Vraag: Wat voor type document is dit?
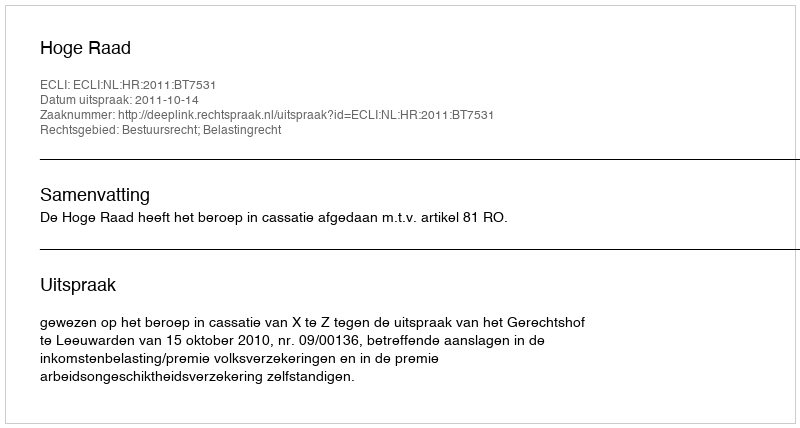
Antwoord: Uitspraak